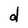
Character: d